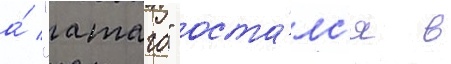
а́ "атаго" оста́лс'я в